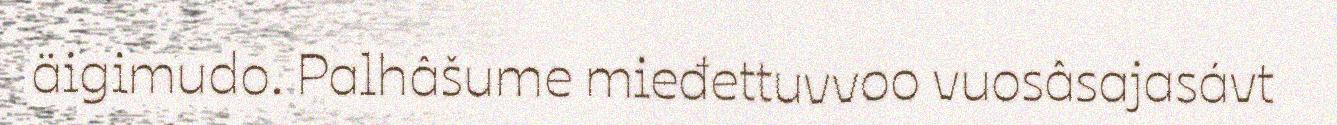
äigimudo. Palhâšume mieđettuvvoo vuosâsajasávt